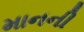
માનની